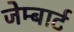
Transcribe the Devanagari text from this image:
जेम्बार्ट